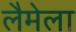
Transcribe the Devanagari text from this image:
लैमेला